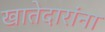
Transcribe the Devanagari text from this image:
खातेदारांना